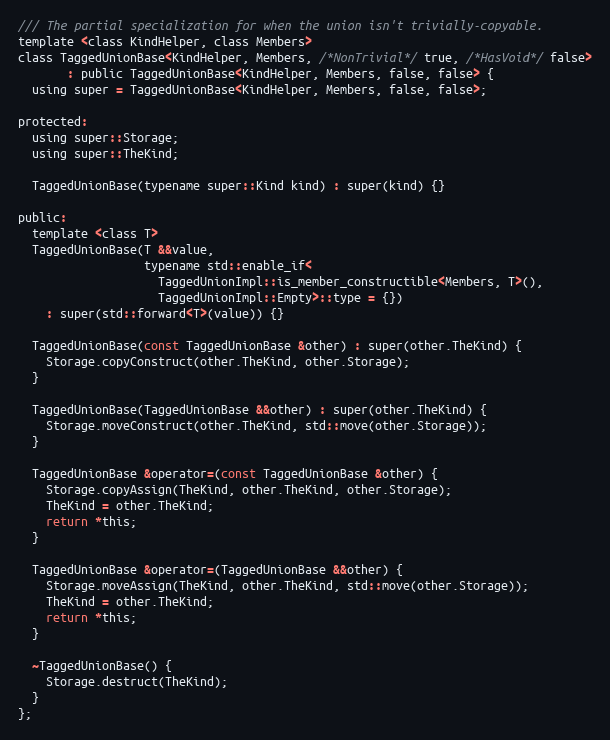
Language: C
/// The partial specialization for when the union isn't trivially-copyable.
template <class KindHelper, class Members>
class TaggedUnionBase<KindHelper, Members, /*NonTrivial*/ true, /*HasVoid*/ false>
       : public TaggedUnionBase<KindHelper, Members, false, false> {
  using super = TaggedUnionBase<KindHelper, Members, false, false>;

protected:
  using super::Storage;
  using super::TheKind;

  TaggedUnionBase(typename super::Kind kind) : super(kind) {}

public:
  template <class T>
  TaggedUnionBase(T &&value,
                  typename std::enable_if<
                    TaggedUnionImpl::is_member_constructible<Members, T>(),
                    TaggedUnionImpl::Empty>::type = {})
    : super(std::forward<T>(value)) {}

  TaggedUnionBase(const TaggedUnionBase &other) : super(other.TheKind) {
    Storage.copyConstruct(other.TheKind, other.Storage);
  }

  TaggedUnionBase(TaggedUnionBase &&other) : super(other.TheKind) {
    Storage.moveConstruct(other.TheKind, std::move(other.Storage));
  }

  TaggedUnionBase &operator=(const TaggedUnionBase &other) {
    Storage.copyAssign(TheKind, other.TheKind, other.Storage);
    TheKind = other.TheKind;
    return *this;
  }

  TaggedUnionBase &operator=(TaggedUnionBase &&other) {
    Storage.moveAssign(TheKind, other.TheKind, std::move(other.Storage));
    TheKind = other.TheKind;
    return *this;
  }

  ~TaggedUnionBase() {
    Storage.destruct(TheKind);
  }
};